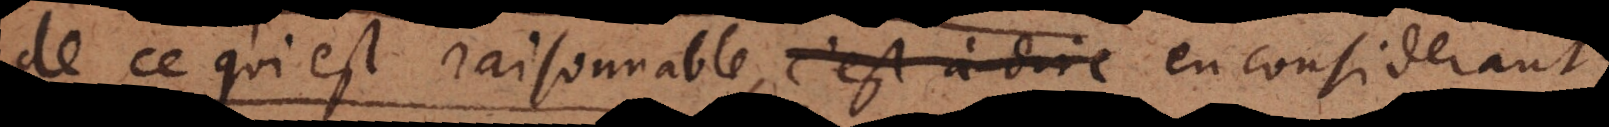
de ce qui est raisonnable, en considerant